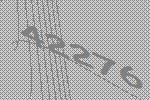
42276